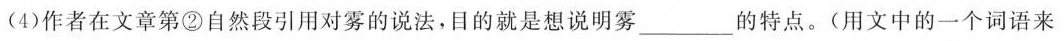
(4)作者在文章第②自然段引用对雾的说法，目的就是想说明雾___的特点。(用文中的一个词语来